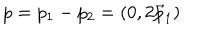
LaTeX: p = p _ { 1 } - p _ { 2 } = ( 0 , 2 \vec { p } _ { 1 } )